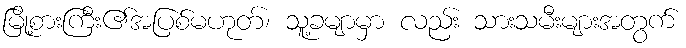
မြို့စားကြီး၏အပြစ်မဟုတ်၊ သူ့ခမျာမှာ လည်း သားသမီးများအတွက်